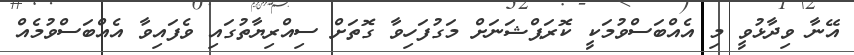
އޭނާ ވިދާޅުވީ މި އެއްބަސްވުމަކީ ކޮރަޕްޝަނަށް މަގުފަހިވާ ގޮތަށް ސިއްރިޔާތުގައި ވެފައިވާ އެއްބަސްވުމެއް